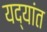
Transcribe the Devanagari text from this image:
यद्यांत